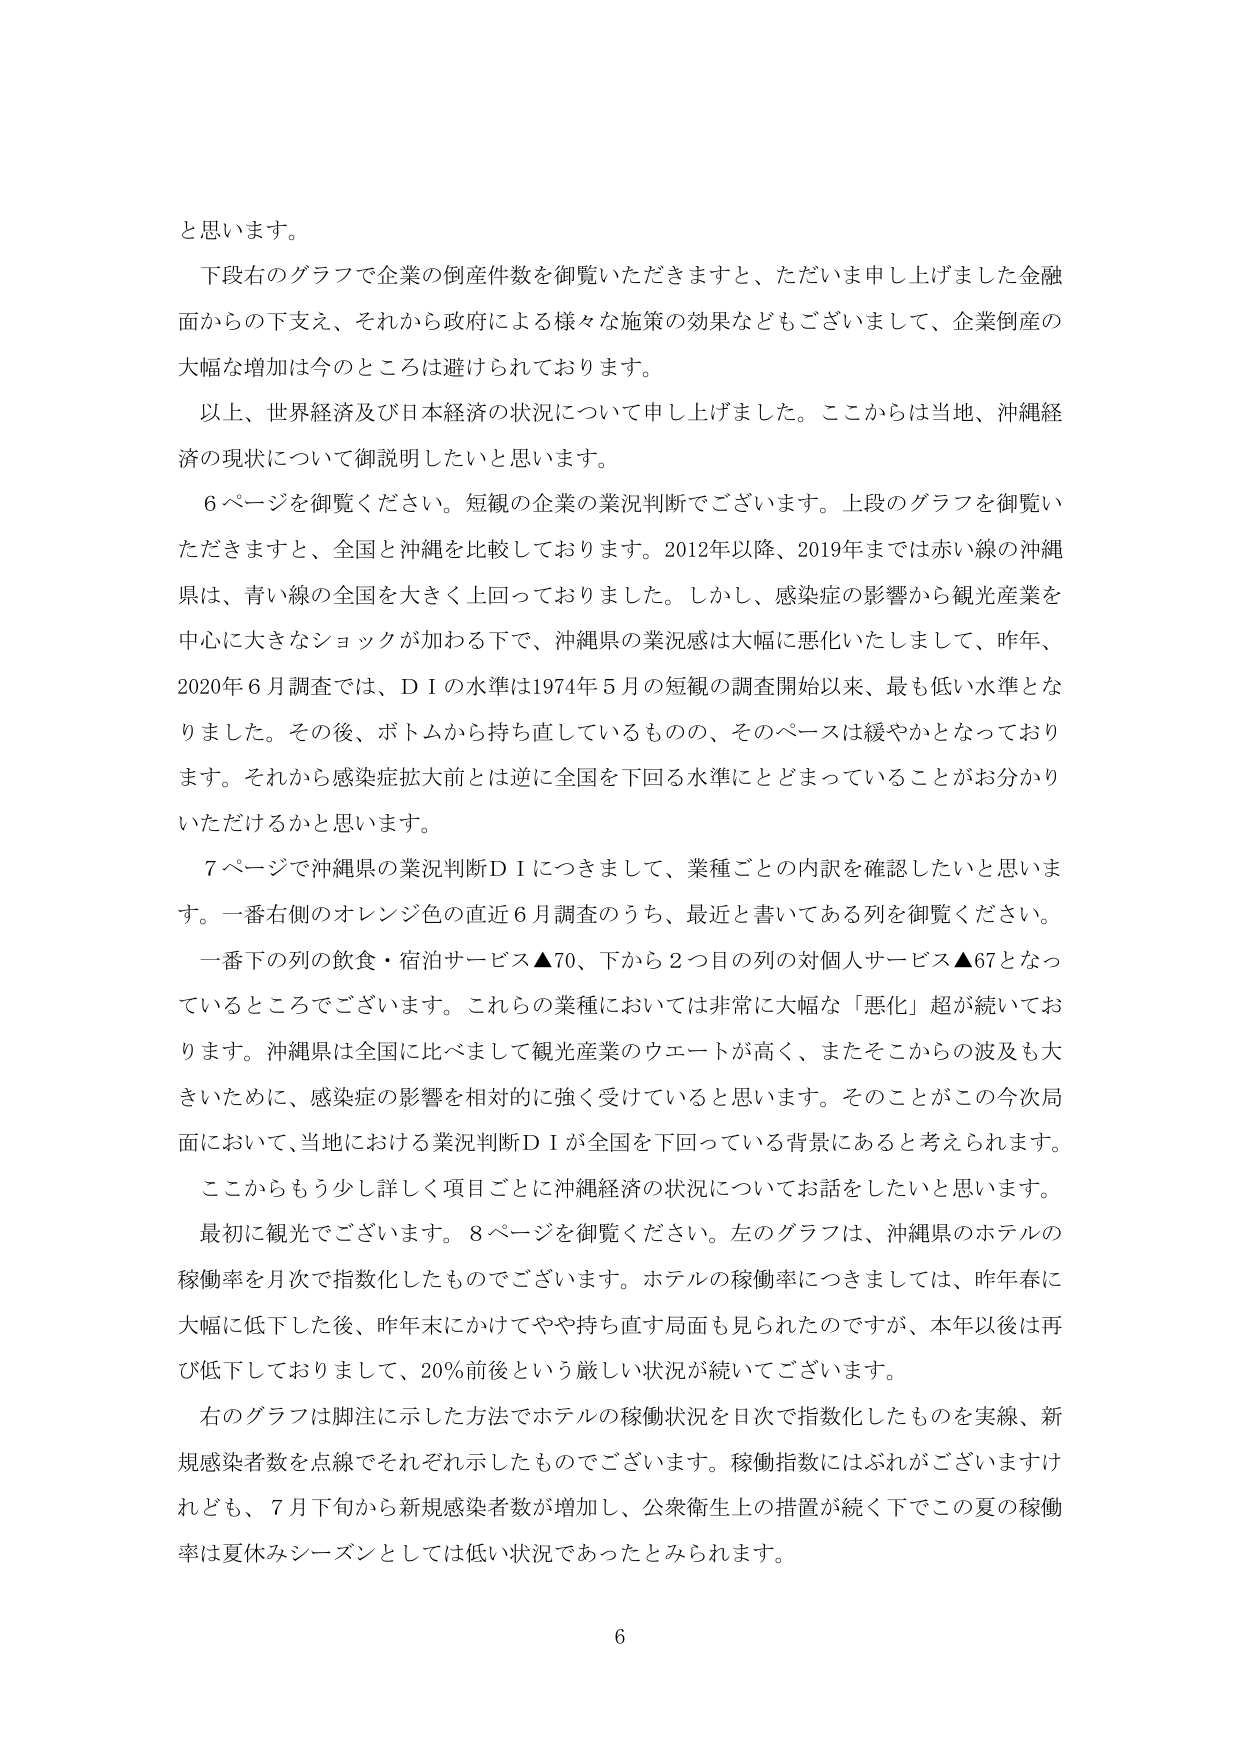
と思います。

下段右のグラフで企業の倒産件数を御覧いただきますと、ただいま申し上げました金融面からの下支え、それから政府による様々な施策の効果などもございまして、企業倒産の大幅な増加は今のところは避けられております。

以上、世界経済及び日本経済の状況について申し上げました。ここからは当地、沖縄経済の現状について御説明したいと思います。

6ページを御覧ください。短観の企業の業況判断でございます。上段のグラフを御覧いただきますと、全国と沖縄を比較しております。2012年以降、2019年までは赤い線の沖縄県は、青い線の全国を大きく上回っておりました。しかし、感染症の影響から観光産業を中心に大きなショックが加わる下で、沖縄県の業況感は大幅に悪化いたしまして、昨年、2020年6月調査では、ＤＩの水準は1974年5月の短観の調査開始以来、最も低い水準となりました。その後、ボトムから持ち直しているものの、そのペースは緩やかとなっております。それから感染症拡大前とは逆に全国を下回る水準にとどまっていることがお分かりいただけるかと思います。

7ページで沖縄県の業況判断ＤＩにつきまして、業種ごとの内訳を確認したいと思います。一番右側のオレンジ色の直近6月調査のうち、最近と書いてある列を御覧ください。

一番下の列の飲食・宿泊サービス▲70、下から2つ目の列の対個人サービス▲67となっているところでございます。これらの業種においては非常に大幅な「悪化」超が続いております。沖縄県は全国に比べまして観光産業のウエートが高く、またそこからの波及も大きいために、感染症の影響を相対的に強く受けていると思います。そのことがこの今次局面において、当地における業況判断ＤＩが全国を下回っている背景にあると考えられます。

ここからもう少し詳しく項目ごとに沖縄経済の状況についてお話をしたいと思います。

最初に観光でございます。8ページを御覧ください。左のグラフは、沖縄県のホテルの稼働率を月次で指数化したものでございます。ホテルの稼働率につきましては、昨年春に大幅に低下した後、昨年末にかけてやや持ち直す局面も見られたのですが、本年以後は再び低下しておりまして、20％前後という厳しい状況が続いてございます。

右のグラフは脚注に示した方法でホテルの稼働状況を日次で指数化したものを実線、新規感染者数を点線でそれぞれ示したものでございます。稼働指数にはぶれがございますけれども、7月下旬から新規感染者数が増加し、公衆衛生上の措置が続く下でこの夏の稼働率は夏休みシーズンとしては低い状況であったとみられます。

6